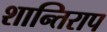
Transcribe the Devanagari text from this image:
शान्तिराप